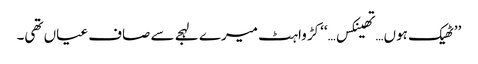
’’ٹھیک ہوں…تھینکس…‘‘ کڑواہٹ میرے لہجے سے صاف عیاں تھی۔